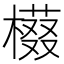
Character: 𱤔